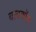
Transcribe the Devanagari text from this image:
बाबकॉक